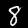
Label: 8